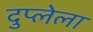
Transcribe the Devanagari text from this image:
दुप्लेला